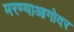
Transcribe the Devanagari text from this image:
मरण्याआगोदर